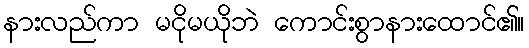
နားလည်ကာ မငိုမယိုဘဲ ကောင်းစွာနားထောင်၏။